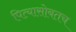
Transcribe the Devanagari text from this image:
पित्यासोबतच